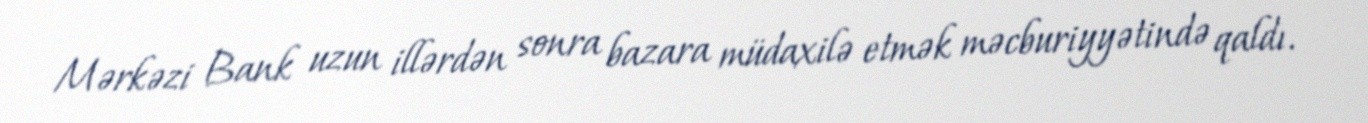
Mərkəzi Bank uzun illərdən sonra bazara müdaxilə etmək məcburiyyətində qaldı.